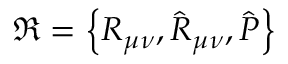
\Re = \left\{ R _ { \mu \nu } , { \hat { \cal R } } _ { \mu \nu } , { \hat { P } } \right\}